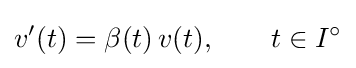
v'(t)=\beta (t)\,v(t),\qquad t\in I^{\circ }